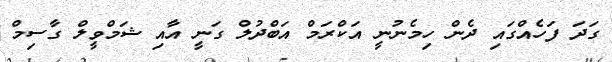
ގަދަ ފަހެއްގައި ދެން ހިމެނުނީ އަކްރަމް އަބްދުލް ގަނީ އާއި ޝަމްވީލް ގާސިމް